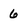
Character: 6